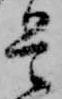
是